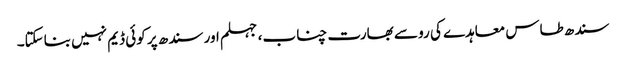
سندھ طاس معاہدے کی رو سے بھارت چناب، جہلم اور سندھ پر کوئی ڈیم نہیں بناسکتا۔